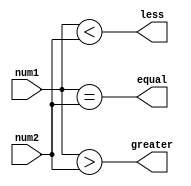
module magnitude_comparator (
    input signed [7:0] num1,
    input signed [7:0] num2,
    
    output reg greater,
    output reg less,
    output reg equal
);

always @(num1, num2) begin
    greater <= (num1 > num2);
    less <= (num1 < num2);
    equal <= (num1 == num2);
end

endmodule